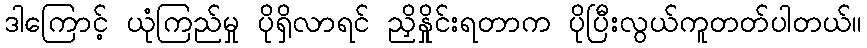
ဒါကြောင့် ယုံကြည်မှု ပိုရှိလာရင် ညှိနှိုင်းရတာက ပိုပြီးလွယ်ကူတတ်ပါတယ်။